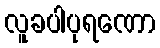
လူခပါပုရဏော